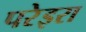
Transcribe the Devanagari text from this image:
परेइरा